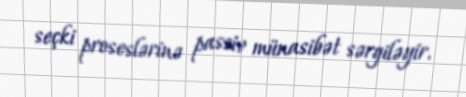
seçki proseslərinə passiv münasibət sərgiləyir.